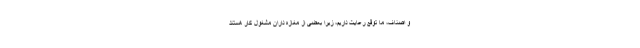
و اصناف، ما توقع رعایت داریم، زیرا بعضی از مغازه داران مشغول کار هستند